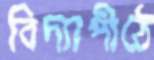
বিদ্যাপীঠে